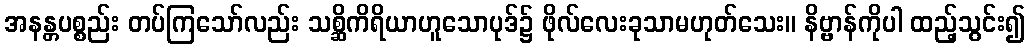
အနန္တပစ္စည်း တပ်ကြသော်လည်း သစ္ဆိကိရိယာဟူသောပုဒ်၌ ဖိုလ်လေးခုသာမဟုတ်သေး။ နိဗ္ဗာန်ကိုပါ ထည့်သွင်း၍